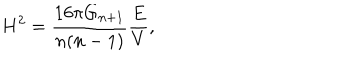
H ^ { 2 } = \frac { 1 6 \pi G _ { n + 1 } } { n ( n - 1 ) } \frac { E } { V } ,